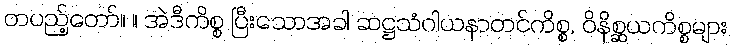
တပည့်တော်။ ။ အဲဒီကိစ္စ ပြီးသောအခါ ဆဋ္ဌသံဂါယနာတင်ကိစ္စ, ဝိနိစ္ဆယကိစ္စများ